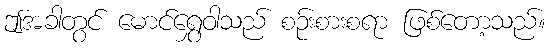
ဤအခါတွင် မောင်ရွှေဝါသည် စဉ်းစားစရာ ဖြစ်တော့သည်။